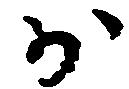
少